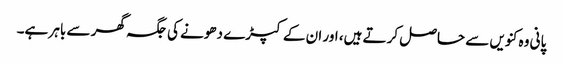
پانی وہ کنویں سے حاصل کرتے ہیں، اور ان کے کپڑے دھونے کی جگہ گھر سے باہر ہے۔